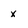
Character: x